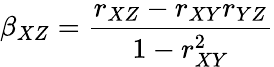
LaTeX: \beta_{XZ}=\frac{r_{XZ}-r_{XY}r_{YZ}}{1-r_{XY}^{2}}